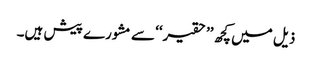
ذیل میں کچھ ’’حقیر‘‘ سے مشورے پیش ہیں۔